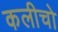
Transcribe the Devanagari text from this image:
कलीचो